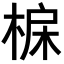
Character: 𣓅